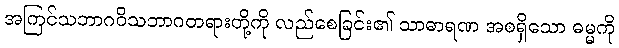
အကြင်သဘာဂဝိသဘာဂတရားတို့ကို လည်စေခြင်း၏ သာဓာရဏ အစရှိသော ဓမ္မကို